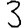
Digit: 3